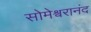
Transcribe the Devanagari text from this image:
सोमेश्वरानंद